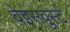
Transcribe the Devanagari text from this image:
वेइसवुर्स्ट